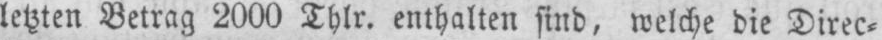
letzten Betrag 2000 Thlr. enthalten sind, welche die Direc⸗